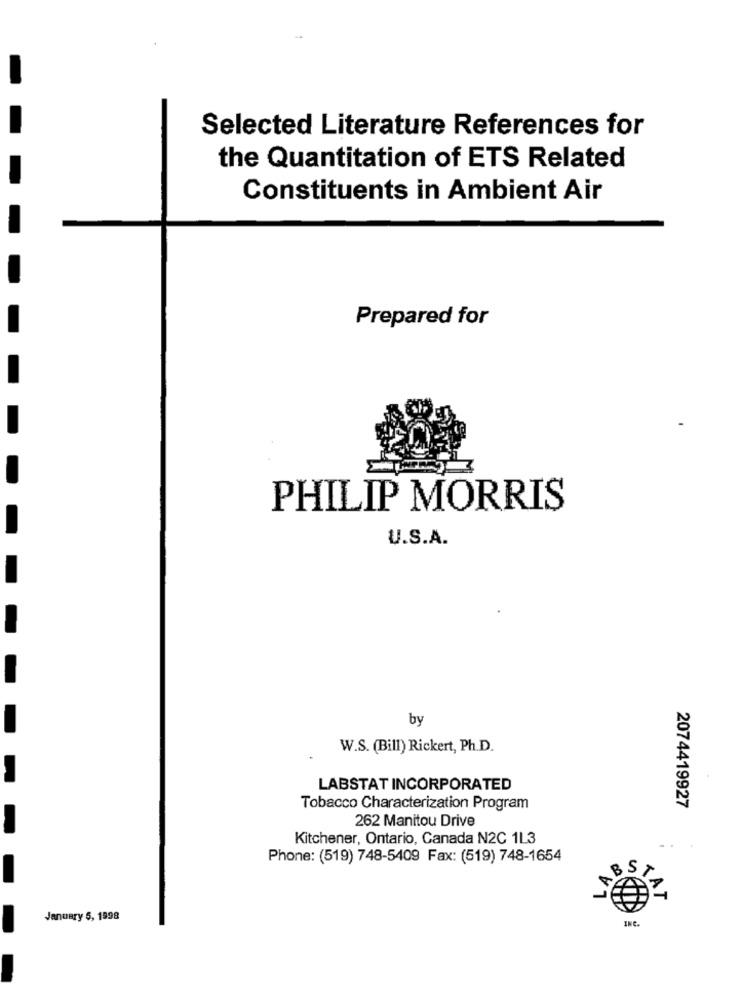
Selected Literature References for
the Quantitation of ETS Related
Constituents in Ambient Air
Prepared for
PHILIP MORRIS
U.S.A.
by
W.S. (Bill) Rickert, Ph.D.
LABSTAT INCORPORATED
Tobacco Characterization Program
2074419927
262 Manitou Drive
Kitchener, Ontario, Canada N2C 1L3
Phone: (519) 748-5409 Fax: (519) 748-1654
BS
January 5, 1998
INC.